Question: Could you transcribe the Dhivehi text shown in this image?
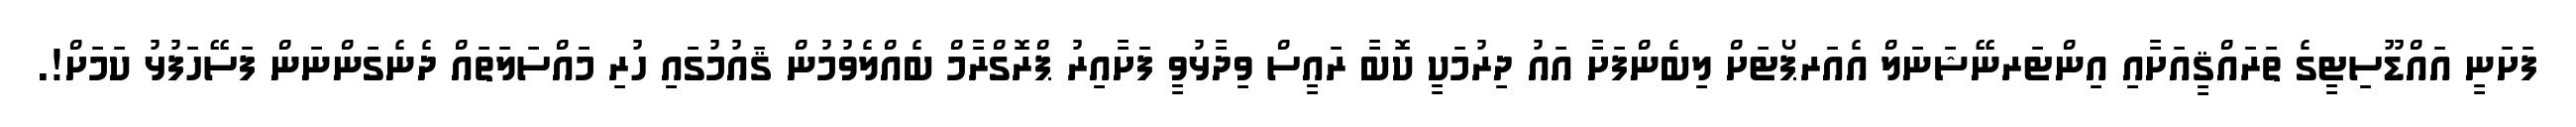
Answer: ފަށަނީ އައްޑޫސިޓީގެ ތަރައްޤީއަށާއި އިންޓަރނޭޝަނަލް އެއަރޕޯޓަށް ލިބެންފަށާ އައު ދިރުމަކީ ކޮބާ ރައީސް ވިދާޅުވީ ފަށާއިރު ޕްރޮގްރާމް ބެއްލެވުމުން ޤައުމުގައި ހުރި މައްސަލަތައް ދެނެގަންނަން ފަސޭހަފުޅު ކަމަށް!.